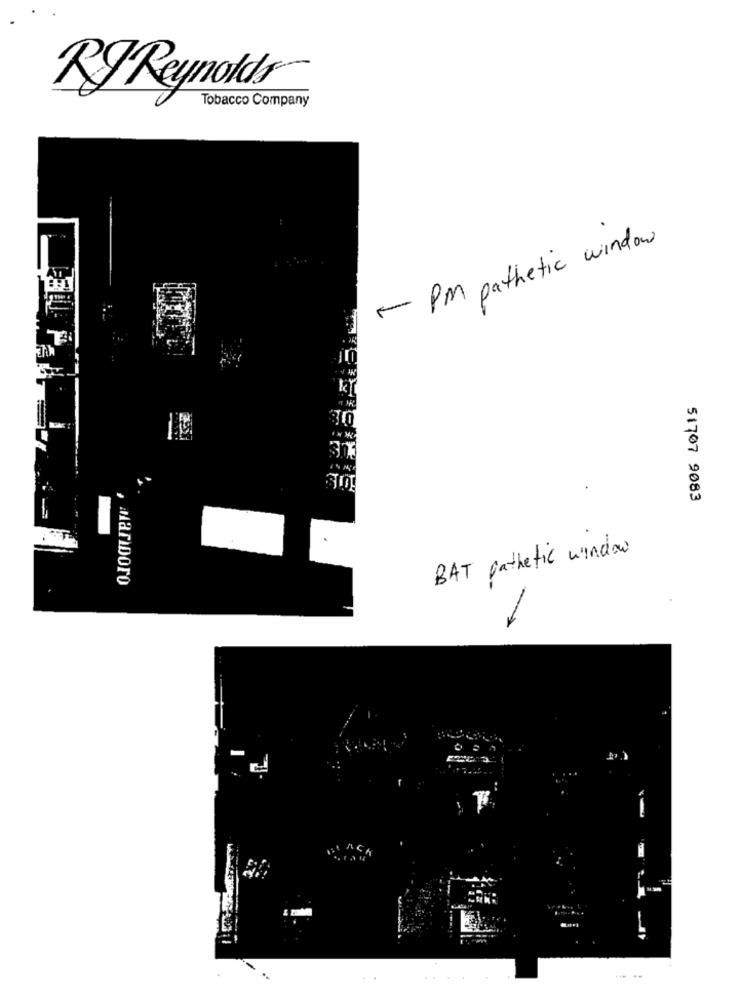
RJ Reynolds
Tobacco Company
1 PM pathetic window
KY
3X
51707 9083
BAT pathetic window
mariboro